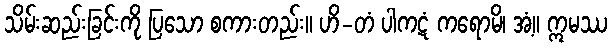
သိမ်းဆည်းခြင်းကို ပြသော စကားတည်း။ ဟိ-တံ ပါကဋံ ကရောမိ၊ အံ့။ ဣမဿ